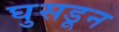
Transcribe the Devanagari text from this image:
घुसडून